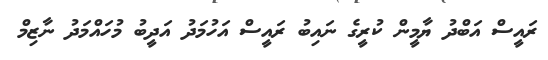
ރައީސް އަބްދު ޔާމީން ކުރީގެ ނައިބު ރައީސް އަހުމަދު އަދީބު މުހައްމަދު ނާޒިމް